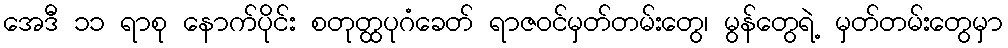
အေဒီ ၁၁ ရာစု နောက်ပိုင်း စတုတ္ထပုဂံခေတ် ရာဇဝင်မှတ်တမ်းတွေ၊ မွန်တွေရဲ့ မှတ်တမ်းတွေမှာ